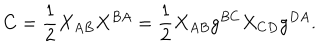
C = { \frac { 1 } { 2 } } X _ { A B } X ^ { B A } = { \frac { 1 } { 2 } } X _ { A B } g ^ { B C } X _ { C D } g ^ { D A } .